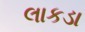
લાકડા